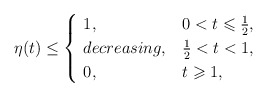
\begin{align*}\eta(t)\leq\begin{cases}\ 1, &0<t\leqslant\frac{1}{2},\\\ decreasing, &\frac{1}{2}<t<1,\\\ 0, &t\geqslant1,\end{cases}\end{align*}